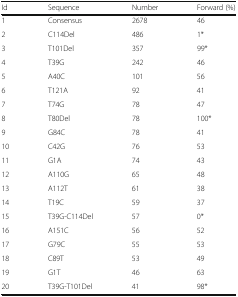
<table><thead><tr><td><b>Id</b></td><td><b>Sequence</b></td><td><b>Number</b></td><td><b>Forward (%)</b></td></tr></thead><tbody><tr><td>1</td><td>Consensus</td><td>2678</td><td>46</td></tr><tr><td>2</td><td>C114Del</td><td>486</td><td>1*</td></tr><tr><td>3</td><td>T101Del</td><td>357</td><td>99*</td></tr><tr><td>4</td><td>T39G</td><td>242</td><td>46</td></tr><tr><td>5</td><td>A40C</td><td>101</td><td>56</td></tr><tr><td>6</td><td>T121A</td><td>92</td><td>41</td></tr><tr><td>7</td><td>T74G</td><td>78</td><td>47</td></tr><tr><td>8</td><td>T80Del</td><td>78</td><td>100*</td></tr><tr><td>9</td><td>G84C</td><td>78</td><td>41</td></tr><tr><td>10</td><td>C42G</td><td>76</td><td>53</td></tr><tr><td>11</td><td>G1A</td><td>74</td><td>43</td></tr><tr><td>12</td><td>A110G</td><td>65</td><td>48</td></tr><tr><td>13</td><td>A112T</td><td>61</td><td>38</td></tr><tr><td>14</td><td>T19C</td><td>59</td><td>37</td></tr><tr><td>15</td><td>T39G-C114Del</td><td>57</td><td>0*</td></tr><tr><td>16</td><td>A151C</td><td>56</td><td>52</td></tr><tr><td>17</td><td>G79C</td><td>55</td><td>53</td></tr><tr><td>18</td><td>C89T</td><td>53</td><td>49</td></tr><tr><td>19</td><td>G1T</td><td>46</td><td>63</td></tr><tr><td>20</td><td>T39G-T101Del</td><td>41</td><td>98*</td></tr></tbody></table>